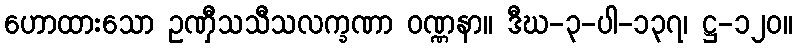
ဟောထားသော ဥဏှီသသီသလက္ခဏာ ဝဏ္ဏနာ။ ဒီဃ-၃-ပါ-၁၃၇၊ ဋ္ဌ-၁၂၀။